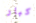
كبار